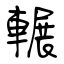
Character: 輾